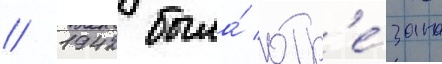
// 1942 была́ отр'е́зана